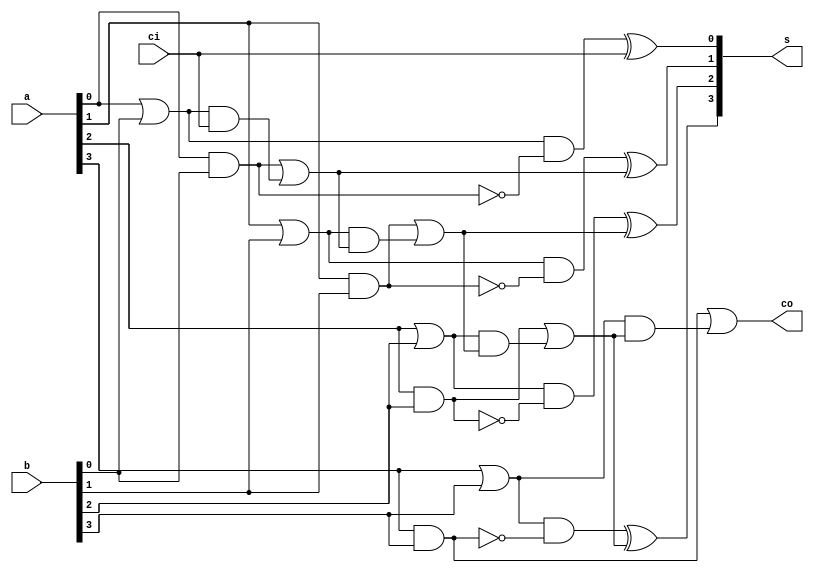
`timescale 1ns/10ps
module adder_4bits (
    input [3:0] a,
    input [3:0] b,
    input ci,
    output [3:0] s,
    output co
);
    wire g0, g1, g2, g3;
    wire p0, p1, p2, p3;
    //5.12(2) acquire g[i], p[i]
    assign g0 = a[0]&b[0];
    assign g1 = a[1]&b[1];
    assign g2 = a[2]&b[2];
    assign g3 = a[3]&b[3];
    assign p0 = a[0]|b[0];
    assign p1 = a[1]|b[1];
    assign p2 = a[2]|b[2];
    assign p3 = a[3]|b[3];
    wire c0, c1, c2, c3;
    //5.13 acquire c[i]
    assign c0 = g0 || (p0&&ci);
    assign c1 = g1 || (p1&&c0);
    assign c2 = g2 || (p2&&c1);
    assign c3 = g3 || (p3&&c2);
    assign co = c3; //output
    //5.12(1) acquire s[i]
    assign s[0] = (p0&&(!g0))^ci;
    assign s[1] = (p1&&(!g1))^c0;
    assign s[2] = (p2&&(!g2))^c1;
    assign s[3] = (p3&&(!g3))^c2;
endmodule